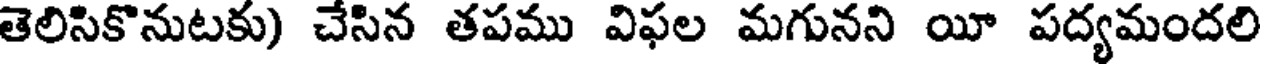
తెలిసికొనుటకు) చేసిన తపము విఫల మగునని యీ పద్యమందలి